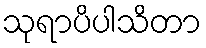
သုရာပိပါသိတာ